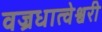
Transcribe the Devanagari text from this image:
वज्रधात्वेश्वरी